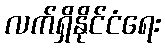
လက်ရှိနိုင်ငံရေး